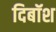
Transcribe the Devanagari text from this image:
दिबॉश